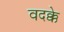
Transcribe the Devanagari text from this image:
वदक्के